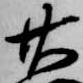
廿